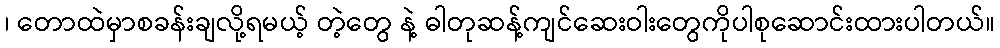
၊ တောထဲမှာစခန်းချလို့ရမယ့် တဲ့တွေ နဲ့ ဓါတုဆန့်ကျင်ဆေးဝါးတွေကိုပါစုဆောင်းထားပါတယ်။